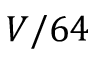
V / 6 4